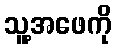
သူ့အဖေကို